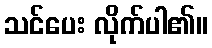
သင်ပေး လိုက်ပါ၏။